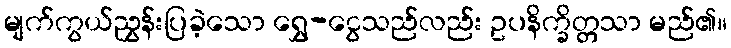
မျက်ကွယ်ညွှန်းပြခဲ့သော ရွှေ-ငွေသည်လည်း ဥပနိက္ခိတ္တသာ မည်၏။